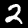
Label: 2